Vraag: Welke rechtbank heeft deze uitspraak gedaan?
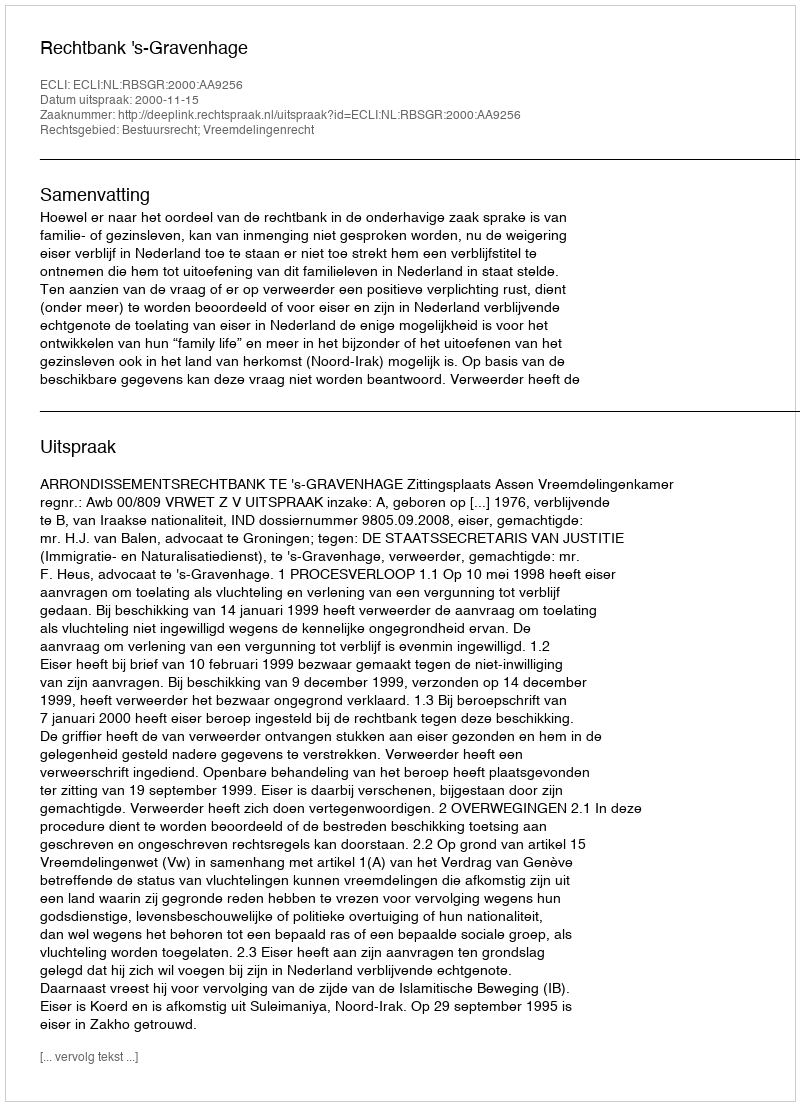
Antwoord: Rechtbank 's-Gravenhage